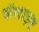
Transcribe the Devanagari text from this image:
फॅसाइए